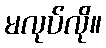
မလုပ်လို။